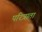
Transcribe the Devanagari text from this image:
परित्राता